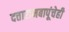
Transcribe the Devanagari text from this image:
दत्तारामबापूंचेही